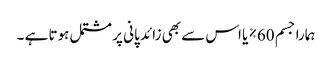
ہمارا جسم 60% یا اس سے بھی زائد پانی پر مشتمل ہوتا ہے ۔